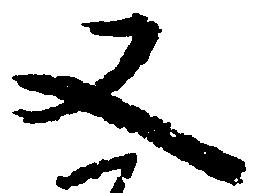
又